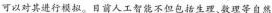
可以对其进行模拟。日前人工智能不但包括生理、数理等自然